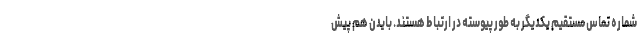
شماره تماس مستقیم یکدیگر به طور پیوسته در ارتباط هستند. بایدن هم پیش